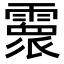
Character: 𩅧